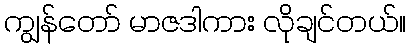
ကျွန်တော် မာဇဒါကား လိုချင်တယ်။